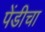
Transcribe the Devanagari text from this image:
पेंडीचा